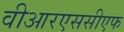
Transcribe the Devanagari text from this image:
वीआरएससीएफ